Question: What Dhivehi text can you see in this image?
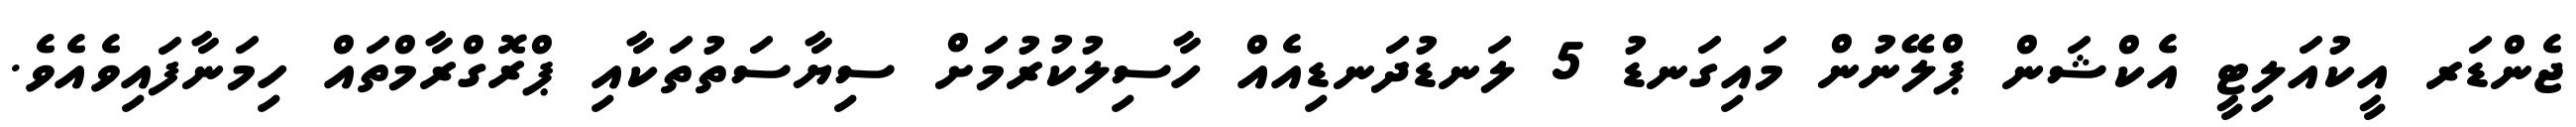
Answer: ޖެންޑަރ އީކުއަލިޓީ އެކްޝަން ޕްލޭނުން މައިގަނޑު 5 ލަނޑުދަނޑިއެއް ހާސިލުކުރުމަށް ސިޔާސަތުތަކާއި ޕްރޮގްރާމްތައް ހިމަނާފައިވެއެވެ.